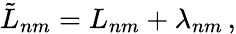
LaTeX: \tilde{L}_{nm}=L_{nm}+\lambda_{nm}\, ,